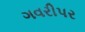
ગવરીપર